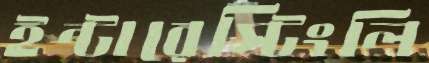
ইন্টারেস্টিংলি